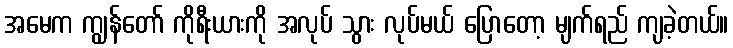
အမေက ကျွန်တော် ကိုရီးယားကို အလုပ် သွား လုပ်မယ် ပြောတော့ မျက်ရည် ကျခဲ့တယ်။